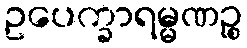
ဥပေက္ခာရမ္မဏဉ္စ